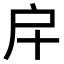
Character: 𢨦